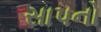
સાપનો